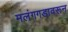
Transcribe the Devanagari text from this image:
मलंगगडावरून